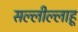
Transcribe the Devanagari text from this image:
सल्लील्लाहू